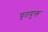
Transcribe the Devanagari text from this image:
घृतयुक्त